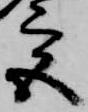
宮